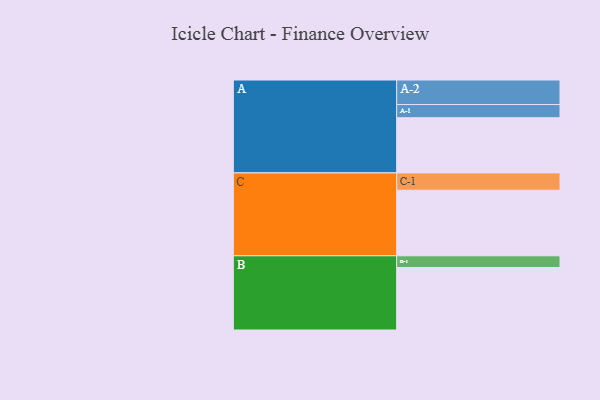
{"axis": {"x": "Segment", "y": "Value"}, "legend": ["", "A", "B", "C"], "data": [{"x": "A", "y": 452, "type": ""}, {"x": "B", "y": 512, "type": ""}, {"x": "C", "y": 537, "type": ""}, {"x": "A-1", "y": 108, "type": "A"}, {"x": "A-2", "y": 201, "type": "A"}, {"x": "B-1", "y": 96, "type": "B"}, {"x": "C-1", "y": 142, "type": "C"}]}